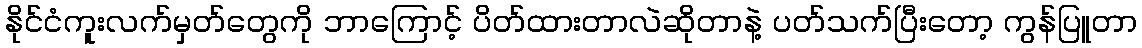
နိုင်ငံကူးလက်မှတ်တွေကို ဘာကြောင့် ပိတ်ထားတာလဲဆိုတာနဲ့ ပတ်သက်ပြီးတော့ ကွန်ပြူတာ